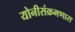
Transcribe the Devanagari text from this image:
योनीसंक्रमणास